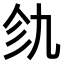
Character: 𫡦